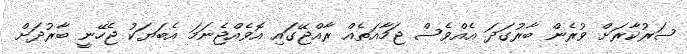
ސަރުކާރަށް ވުރެން ބާރުގަދަ އެއްވެސް ޖަމާއަތެއް ރާއްޖޭގައި އޮވެއްޖެނަމަ އެބަޔަކު ޖެހޭނީ ބާރުދަށް